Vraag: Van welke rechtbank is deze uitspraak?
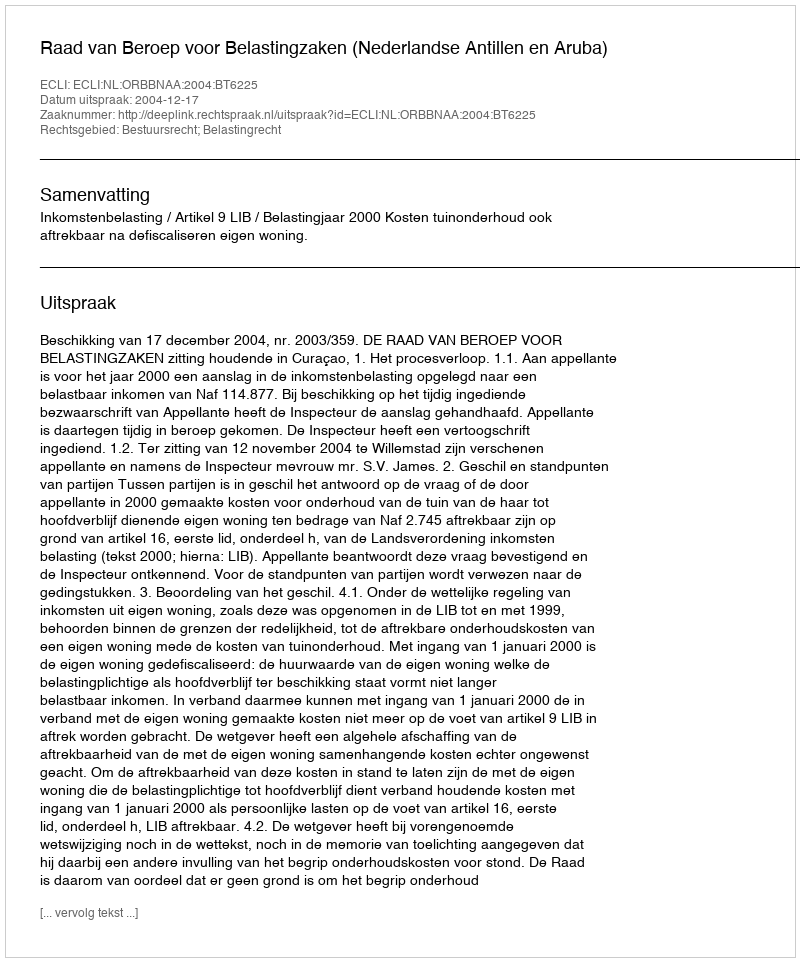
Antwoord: Raad van Beroep voor Belastingzaken (Nederlandse Antillen en Aruba)